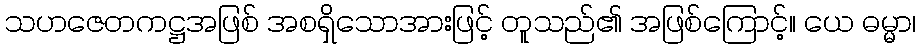
သဟဇေတကဋ္ဌအဖြစ် အစရှိသောအားဖြင့် တူသည်၏ အဖြစ်ကြောင့်။ ယေ ဓမ္မာ၊